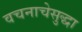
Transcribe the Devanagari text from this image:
वचनाचेसुद्धा